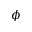
\phi